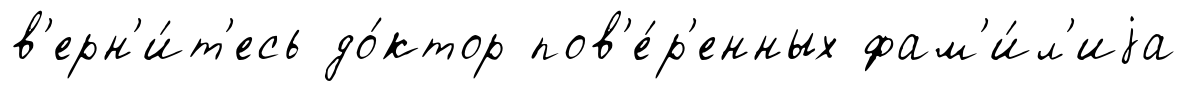
в'ерн'и́т'есь до́ктор пов'е́р'енных фам'и́л'иjа